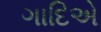
ગાદિએ